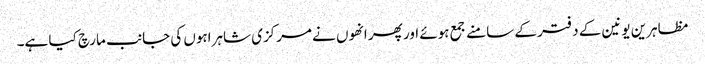
مظاہرین یونین کے دفتر کے سامنے جمع ہوئے اور پھر انھوں نے مرکزی شاہراہوں کی جانب مارچ کیا ہے۔